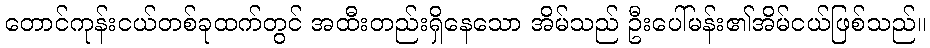
တောင်ကုန်းငယ်တစ်ခုထက်တွင် အထီးတည်းရှိနေသော အိမ်သည် ဦးပေါ်မန်း၏အိမ်ငယ်ဖြစ်သည်။